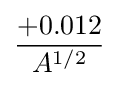
+0.012 \over A^{1/2}